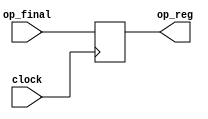
module LastSync (clock, op_final, op_reg);

input clock;
input [47:0] op_final;

output [47:0] op_reg;
reg    [47:0] op_reg;

 always@(posedge clock)
 begin
	op_reg <= op_final;
 end

endmodule